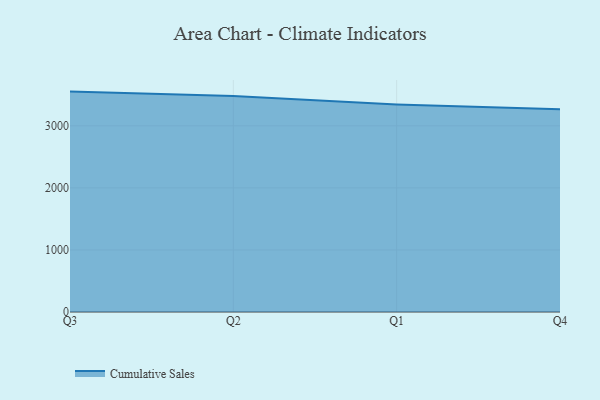
{"axis": {"x": "Quarter", "y": "Net Income (USD K)"}, "legend": ["Cumulative Sales"], "data": [{"x": "Q3", "y": 3551.3, "type": "Cumulative Sales"}, {"x": "Q2", "y": 3479.8, "type": "Cumulative Sales"}, {"x": "Q1", "y": 3344.9, "type": "Cumulative Sales"}, {"x": "Q4", "y": 3267.6, "type": "Cumulative Sales"}]}